Annual report of the Imperial Bacteriological Laboratory, Muktesar
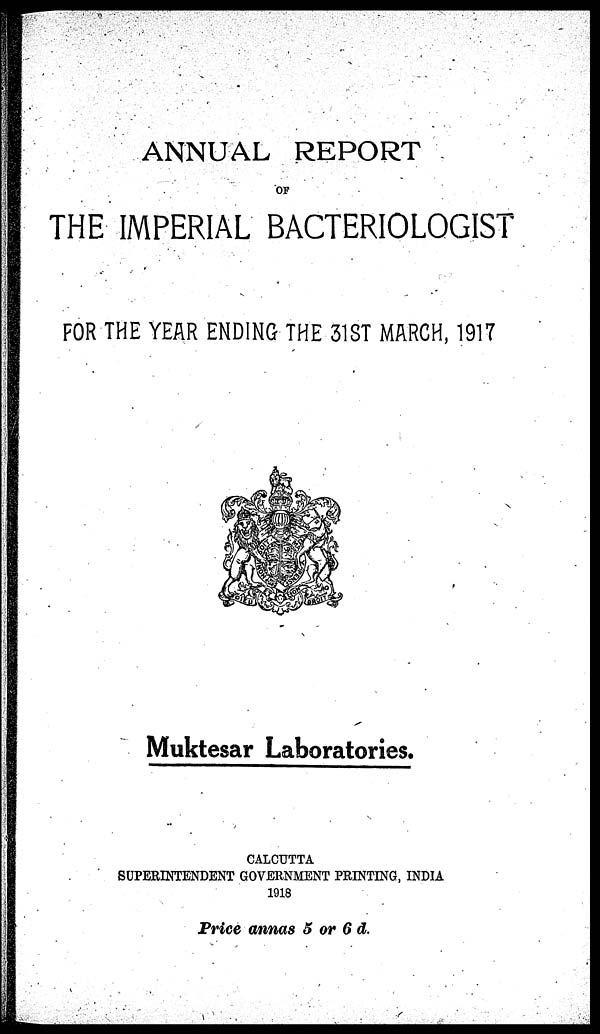
ANNUAL REPORT
OF
THE IMPERIAL BACTERIOLOGIST
FOR THE YEAR ENDING THE 31ST MARCH, 1917
Muktesar Laboratories.
CALCUTTA
SUPERINTENDENT GOVERNMENT PRINTING, INDIA
1918
Price annas 5 or 6 d.